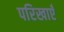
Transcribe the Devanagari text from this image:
परिखाएँ